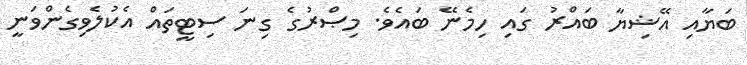
ބަޔާއި އޭޝިޔާ ބައްރު ގައި ހިމެނޭ ބައެވެ. މިޞްރުގެ ގިނަ ސިޓީތައް އެކުލެވިގެންވަނީ